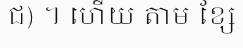
ជ) ។ ហើយ តាម ខ្សែ